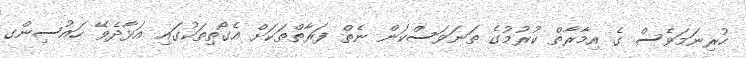
ހުރިނަމަވެސް ގެ އިމާރާތް ކުރުމުގެ ތަނަވަސްކަން ނެތް ފަރާތްތަކަށް އެގޯތިތަކުގައި އަޅާދެވޭ ހައުސިންގ